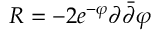
R = - 2 e ^ { - \varphi } \partial \bar { \partial } \varphi